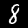
Label: 8